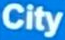
City